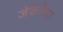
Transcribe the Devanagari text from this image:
जेकेरेंडा